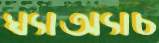
ঘ্যাঅ্যাচ